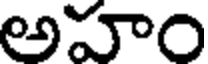
అహం